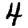
Digit: 4